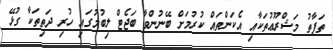
ތަފާތު މަޝްރޫޢުތަކާއި އެކަންތައް ކުރުމަށް ބޭނުންވާ ބަޖެޓް ލިބުމުގައި ހުރި ދަތިތަކާ ގުޅޭ